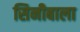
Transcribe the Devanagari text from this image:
सिनीबाला